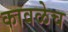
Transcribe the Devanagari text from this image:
कावळेच